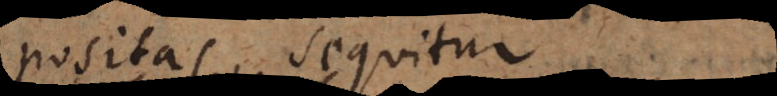
positas, sequ